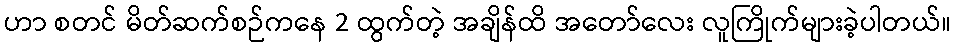
ဟာ စတင် မိတ်ဆက်စဉ်ကနေ 2 ထွက်တဲ့ အချိန်ထိ အတော်လေး လူကြိုက်များခဲ့ပါတယ်။